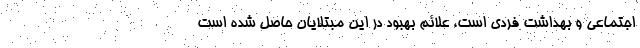
اجتماعی و بهداشت فردی است، علائم بهبود در این مبتلایان حاصل شده است